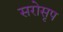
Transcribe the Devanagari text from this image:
सरोसृप